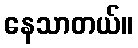
နေသာတယ်။